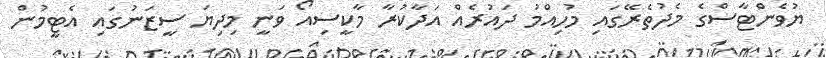
ޔުވެންޓާސްގެ މެދުތެރޭގައި މުހިއްމު ދައުރެއް އަދާކުރާ މާކީސިއޯ ވަނީ މިދިޔަ ސީޒަނުގައި އެޓީމުން